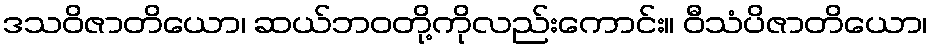
ဒသဝိဇာတိယော၊ ဆယ်ဘဝတို့ကိုလည်းကောင်း။ ဝီသံပိဇာတိယော၊